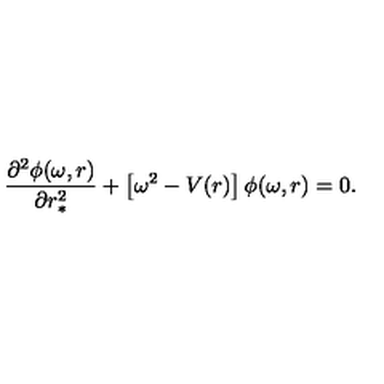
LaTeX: \frac { \partial ^ { 2 } \phi ( \omega , r ) } { \partial r _ { * } ^ { 2 } } + \left\lbrack \omega ^ { 2 } - V ( r ) \right\rbrack \phi ( \omega , r ) = 0 .